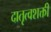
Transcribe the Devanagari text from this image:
दातृत्वशक्ती